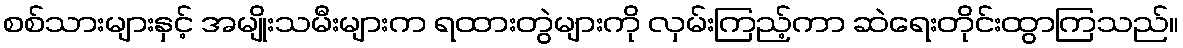
စစ်သားများနှင့် အမျိုးသမီးများက ရထားတွဲများကို လှမ်းကြည့်ကာ ဆဲရေးတိုင်းထွာကြသည်။